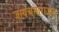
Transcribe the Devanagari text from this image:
जायचमाराजेन्द्र